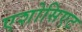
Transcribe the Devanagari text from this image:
एशोसिएट